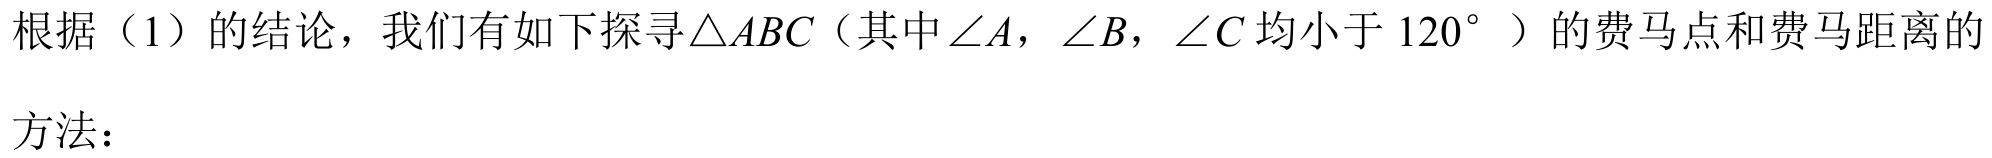
根据（1）的结论，我们有如下探寻\(\triangle ABC\)（其中\(\angle A\)，\(\angle B\)，\(\angle C\)均小于\(120^{\circ}\)）的费马点和费马距离的
方法：